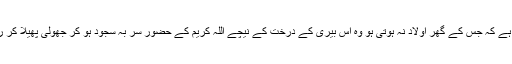
ان کے بارے میں یہ بات اس علاقے کے بچے بچے کی زبان پر ہے کہ جس کے گھر اولاد نہ ہوتی ہو وہ اس بیری کے درخت کے نیچے اللہ کریم کے حضور سر بہ سجود ہو کر جھولی پھیلا کر رو رو کر دعا مانگے اور اولاد کے لیے اللہ کریم سے التجا کرے۔